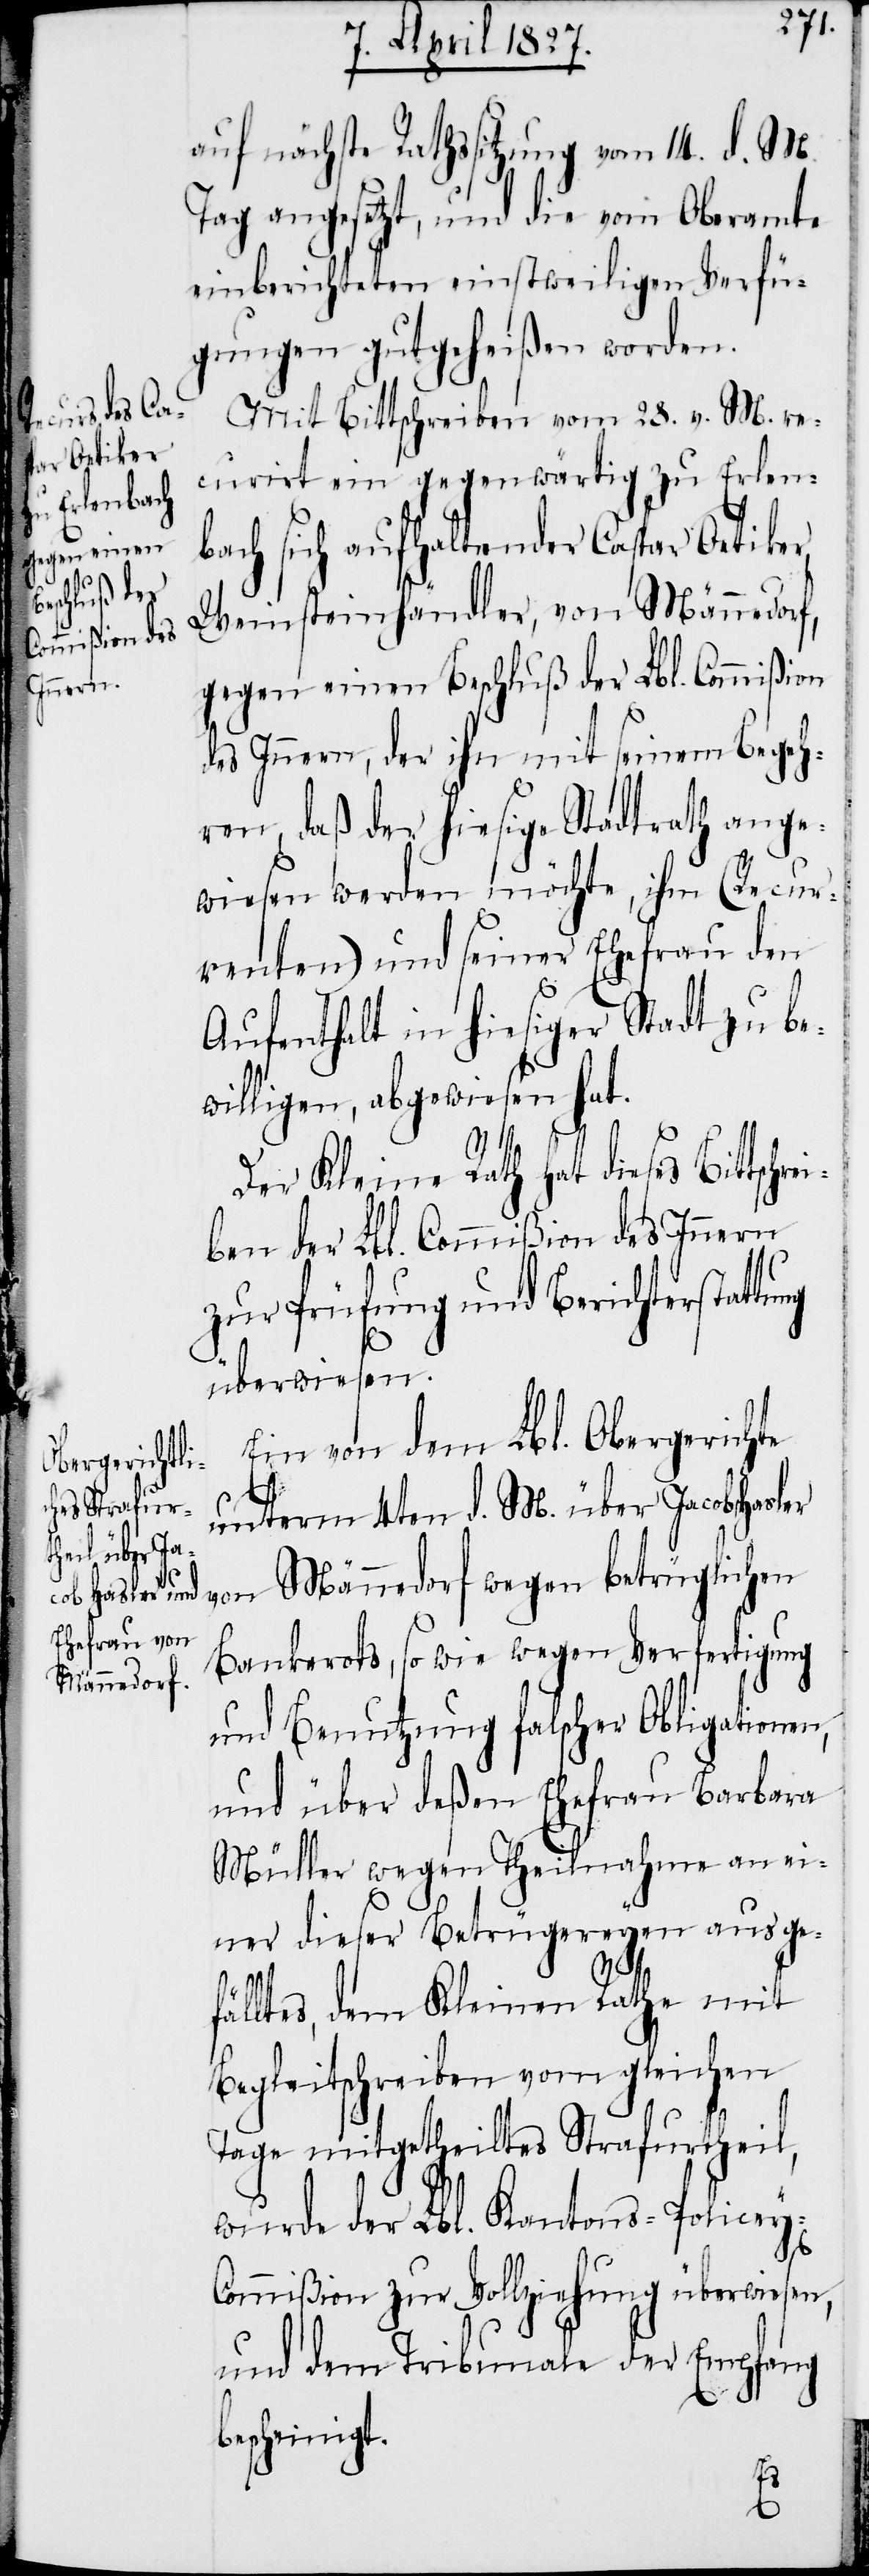
auf nächste Rathssitzung vom 14. d. M.
Tag angesetzt, und die vom Oberamte
einberichteten einstweiligen Verfü¬
gungen gutgeheißen worden.
Mit Bittschreiben vom 28. v. M. re¬
curirt ein gegenwärtig zu Erlenb¬
ach sich aufhaltender Caspar Oetiker,
Weinsteinhändler, von Männedorf,
gegen einen Beschluß der Lbl. Commißion
des Innern, der ihn mit seinem Begeh¬
ren, daß der hiesige Stadtrath ange¬
wiesen werden möchte, ihm (Recur¬
renten) und seiner Ehefrau den
Aufenthalt in hiesiger Stadt zu be¬
willigen, abgewiesen hat.
Der Kleine Rath hat dieses Bittschrei¬
ben der Lbl. Commißion des Innern
zur Prüfung und Berichterstattung
überwiesen.
Ein von dem Lbl. Obergerichte
unterm 4ten d. M. über Jacob Hasler
von Männedorf wegen betrüglichen
Bankerots, so wie wegen Verfertigung
und Benutzung falscher Obligationen,
und über deßen Ehefrau Barbara
Müller wegen Theilnahme an ei¬
ner dieser Betrügereyen ausge¬
fäl¬
ltes, dem Kleinen Rathe mit
Begleitschreiben vom gleichen
Tage mitgetheiltes Strafurtheil,
wurde der Lbl. Kantons-Policey-C¬
ommißion zur Vollziehung überwiesen,
und dem Tribunale der Empfang
bescheinigt.